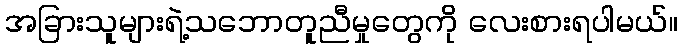
အခြားသူများရဲ့သဘောတူညီမှုတွေကို လေးစားရပါမယ်။